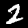
Label: 2